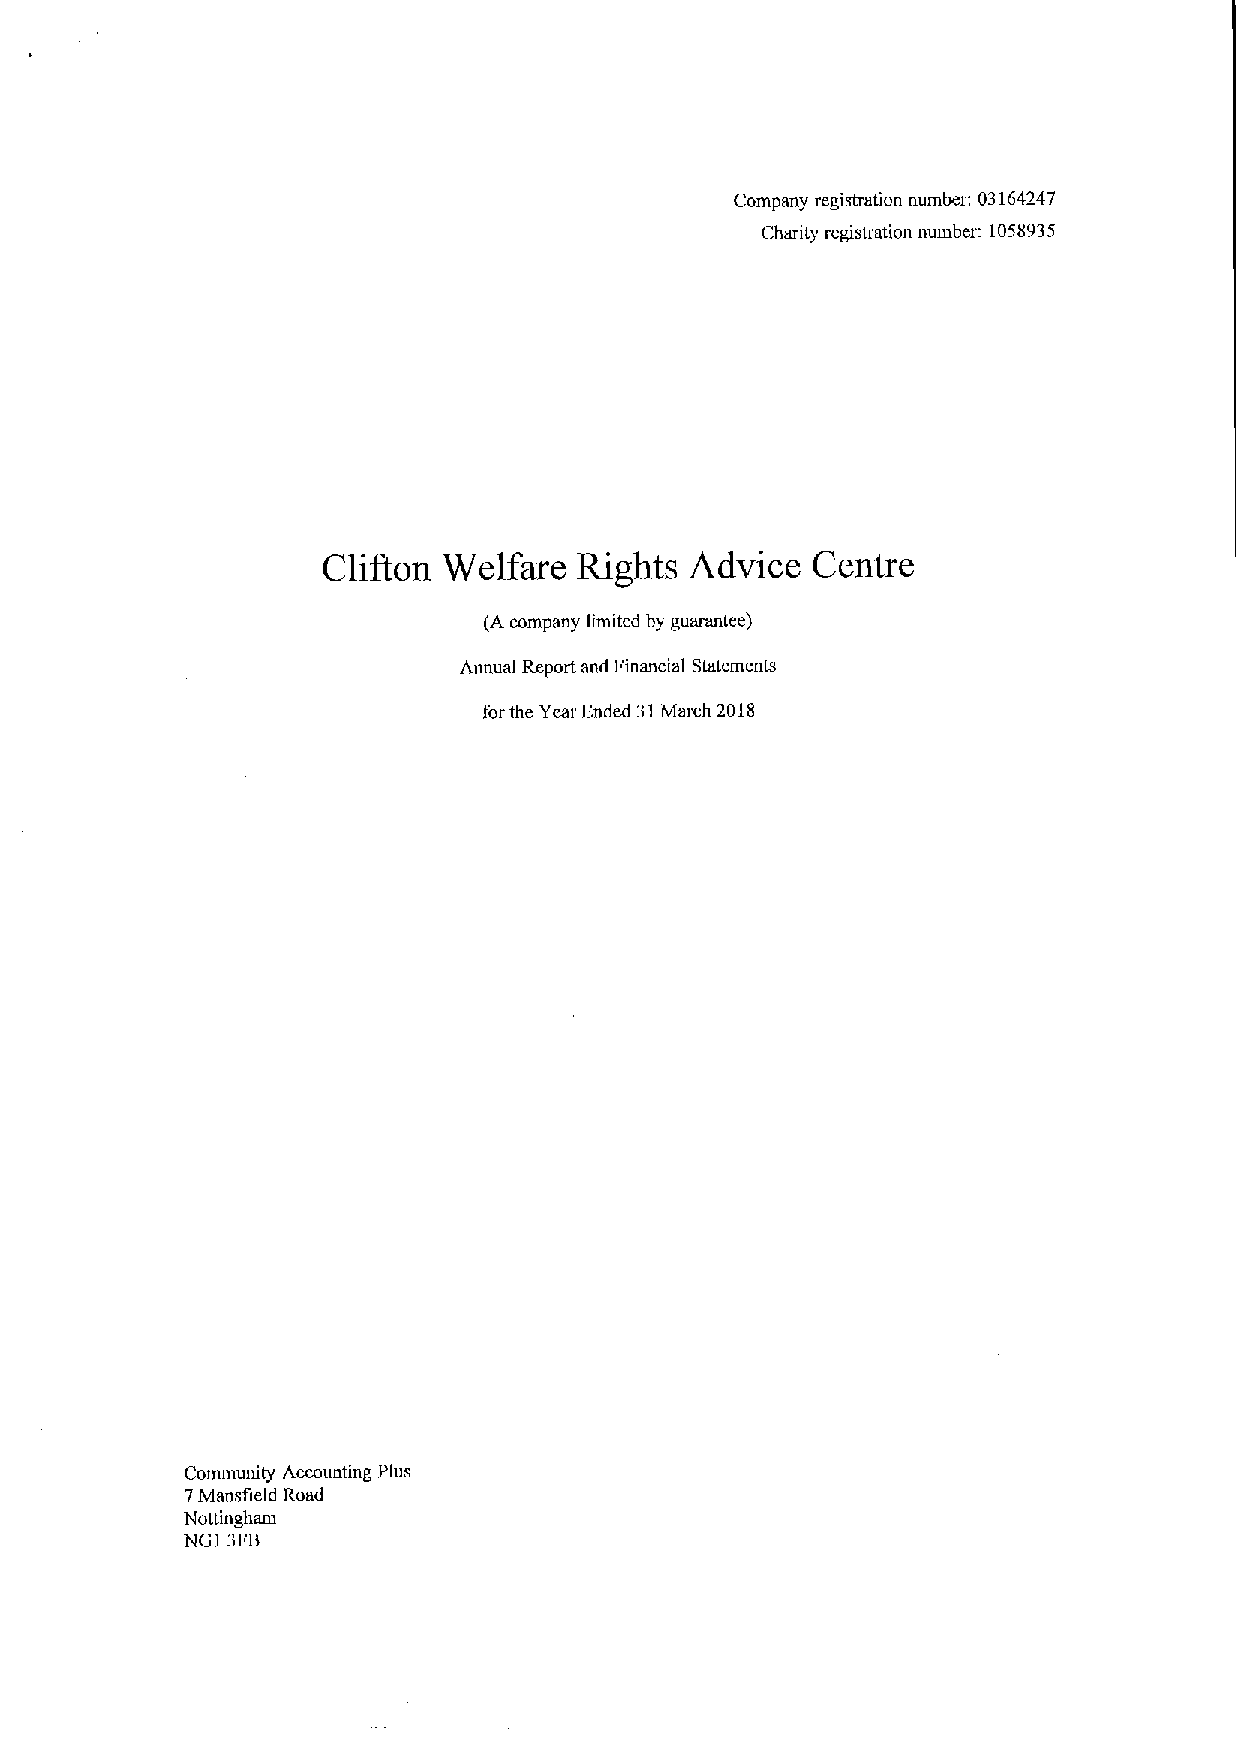
Company registration number: 03164247
 Charity registration number: 1058935
 Clifton Welfare  Rights  Advice  Centre
 (A company limited by guarantee)
 Annual Report and Financial Statements
 forthe Year Fnded 31March 2018
 Community Accounting Plus
 7Mansfield Road
 Nottingham
 NG] 3FB